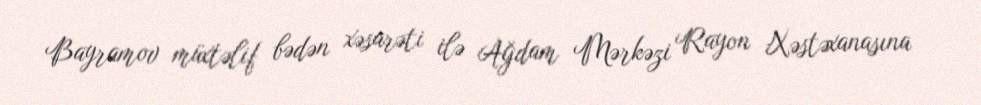
Bayramov müxtəlif bədən xəsarəti ilə Ağdam Mərkəzi Rayon Xəstəxanasına